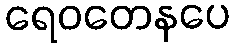
ရေဝတေနပေ